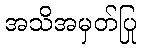
အသိအမှတ်ပြု